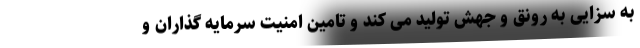
به سزایی به رونق و جهش تولید می کند و تامین امنیت سرمایه گذاران و